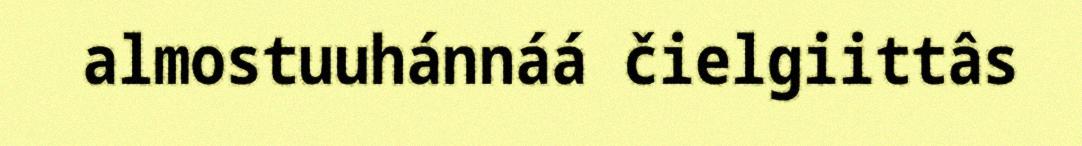
almostuuhánnáá čielgiittâs